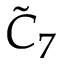
{ \tilde { C } } _ { 7 }